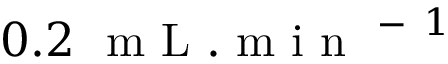
0 . 2 ~ \mathrm { ~ m ~ L ~ } . \mathrm { ~ m ~ i ~ n ~ } ^ { \mathrm { ~ - ~ } 1 }